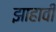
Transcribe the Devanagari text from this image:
झाहावी